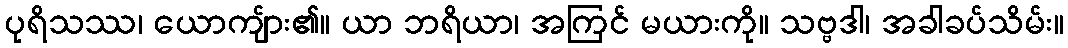
ပုရိသဿ၊ ယောကျ်ား၏။ ယာ ဘရိယာ၊ အကြင် မယားကို။ သဗ္ဗဒါ၊ အခါခပ်သိမ်း။